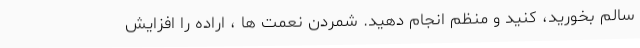
سالم بخورید، کنید و منظم انجام دهید. شمردن نعمت ها ، اراده را افزایش